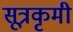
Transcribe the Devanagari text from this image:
सूत्रकृमी